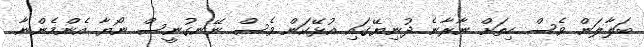
ބަލާލަން ވެސް ހިތަށް ނާރާނެ ދުނިޔޭގައި އުޅޭކަން ވެސް ނޭނގުނީސް ނޯޔާ އެންމެންނާ